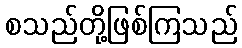
စသည်တို့ဖြစ်ကြသည်